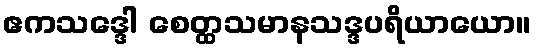
ဧကသဒ္ဒေါ စေတ္ထသမာနသဒ္ဒပရိယာယော။